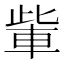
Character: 𮝏